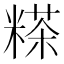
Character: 𥻹